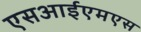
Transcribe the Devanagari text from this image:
एसआईएमएस